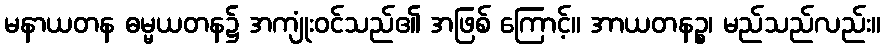
မနာယတန ဓမ္မယတန၌ အကျုံးဝင်သည်၏ အဖြစ် ကြောင့်။ အာယတနဉ္စ၊ မည်သည်လည်း။